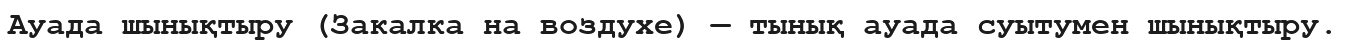
Aуада шынықтыру (Закалка на воздухе) — тынық ауада суытумен шынықтыру.